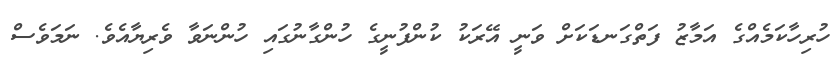
ހުރިހާކަމެއްގެ އަމާޒު ފަތްގަނޑަކަށް ވަނީ އޭރަކު ކުންފުނީގެ ހުންގާނުގައި ހުންނަވާ ވެރިޔާއެވެ. ނަމަވެސް